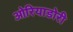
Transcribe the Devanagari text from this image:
ओरियाडोरी